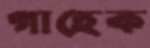
গাহেক